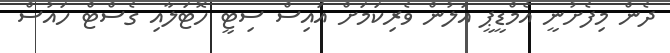
ދެން މިފެށުނީ އެމްޑީޕީ އަލުން ވެރިކަމަށް އައިސް ސިޓީ ހޮޓަލާއި ގެސްޓް ހައުސް